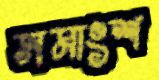
সমাংশ